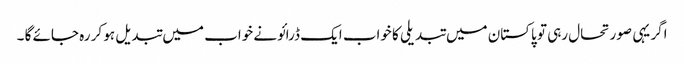
اگر یہی صورتحال رہی تو پاکستان میں تبدیلی کا خواب ایک ڈرائونے خواب میں تبد یل ہو کر رہ جائے گا ۔